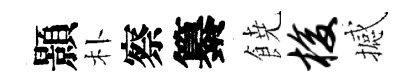
顥朴察纂𩜙梭撼